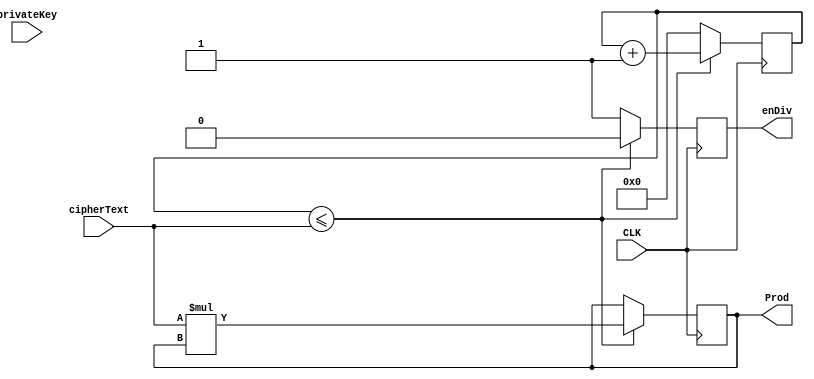
module cipherDecode(

	cipherText,
	
	privateKey,
	
	CLK,
	
	Prod,
	
	enDiv
);
//--------I/O assigment-------------
	input[3:0] cipherText;
	input[3:0] privateKey;
	input CLK;
	reg [3:0] count;
	
	output reg[7:0] Prod;
	reg tempProd;
	output reg enDiv;
	
//logic	
	initial begin
		Prod = 16'b0000000000000000;
		count = 0;
		enDiv = 0;
	end
	always @ (posedge CLK) begin
		if(count <= cipherText) begin
			Prod <= cipherText * Prod;	
			enDiv <= 1'b0;
			count <= count +1;
		end
		
		else begin
		Prod <= Prod;
		enDiv <= 1'b1;
		count <= 4'b0000;
		
		end
	end
endmodule